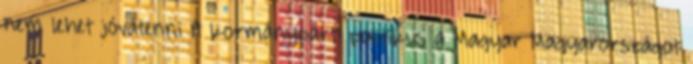
nem lehet jóvátenni A kormánypárti politikus a Magyar Magyarországot